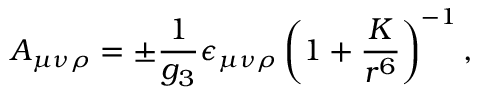
A _ { \mu \nu \rho } = \pm { \frac { 1 } { g _ { 3 } } } \epsilon _ { \mu \nu \rho } \left( 1 + { \frac { K } { r ^ { 6 } } } \right) ^ { - 1 } ,